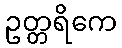
ဥတ္တရိကေ